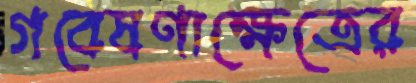
গবেষণাক্ষেত্রের